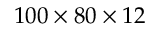
1 0 0 \times 8 0 \times 1 2